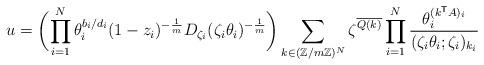
LaTeX: \begin{align*} u = \biggl( \prod_{i = 1}^{N} \theta_i^{b_i / d_i} (1 - z_i)^{-\frac{1}{m}} D_{\zeta_i} (\zeta_i \theta_i)^{-\frac{1}{m}} \biggr) \sum_{k \in (\mathbb{Z}/m\mathbb{Z})^N} \zeta^{\overline{Q(k)}} \prod_{i=1}^{N} \frac{\theta_i^{(k^\mathsf{T}A)_i}}{(\zeta_i \theta_i ; \zeta_i)_{k_i}}\end{align*}